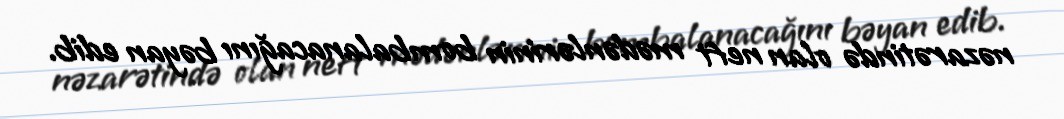
nəzarətində olan neft mədənlərinin bombalanacağını bəyan edib.